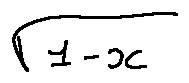
\sqrt { 1 - x }